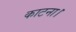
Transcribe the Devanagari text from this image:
काटना।